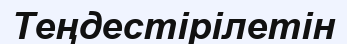
Теңдестірілетін